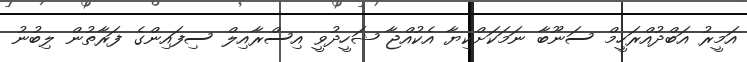
އަމީރު އަބްދުއްރަހީމް ސަނޫބާ ނަމަކަށްކިޔާ އެކުއްޖާ ޝަހީދުވީ އިސްރާއިލް ސިފައިންގެ ފަރާތުން ލިބުނު